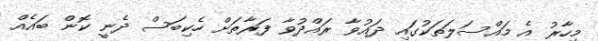
މިހާރު އެ މައްސަލަތަކުގައި ދައުވާ ރައްދުވާ ފަރާތަށް ހެކިބަސް ދެނީ ކޮން ބައެއް